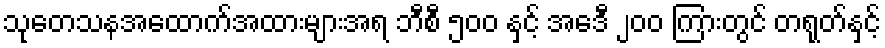
သုတေသနအထောက်အထားများအရ ဘီစီ ၅၀၀ နှင့် အေဒီ ၂၀၀ ကြားတွင် တရုတ်နှင့်